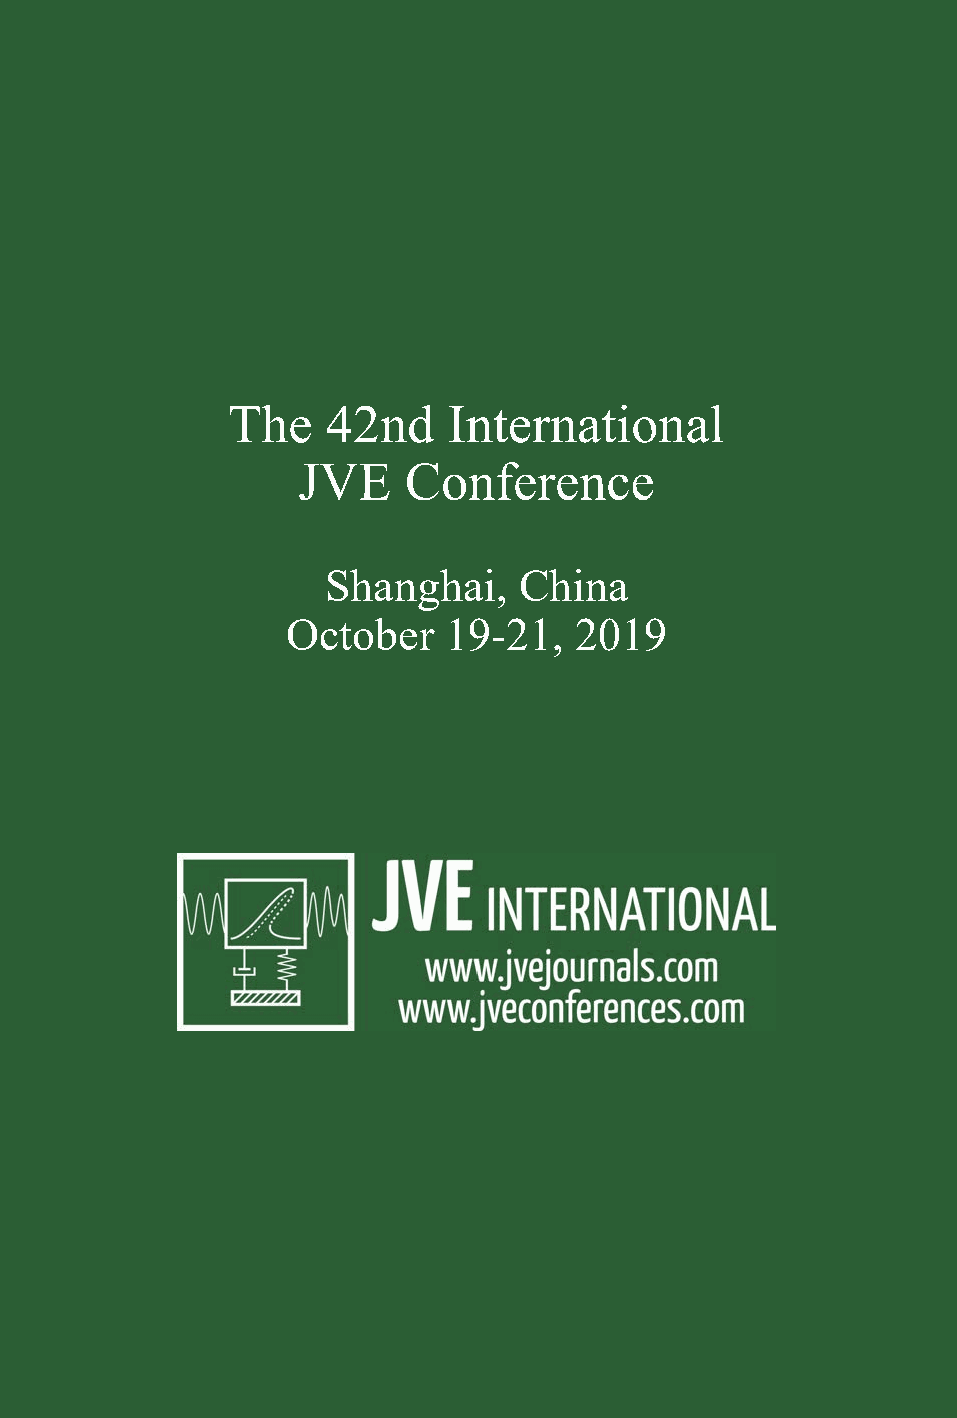
The    42nd    International
 JVE    Conference
 Shanghai,   China
 October   19-21,   2019